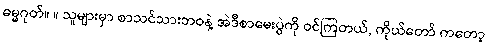
ဓမ္မဂုတ်။ ။ သူများမှာ စာသင်သားဘဝနဲ့ အဲဒီစာမေးပွဲကို ဝင်ကြတယ်, ကိုယ်တော် ကတော့